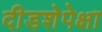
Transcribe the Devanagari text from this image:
दीडशेपेक्षा